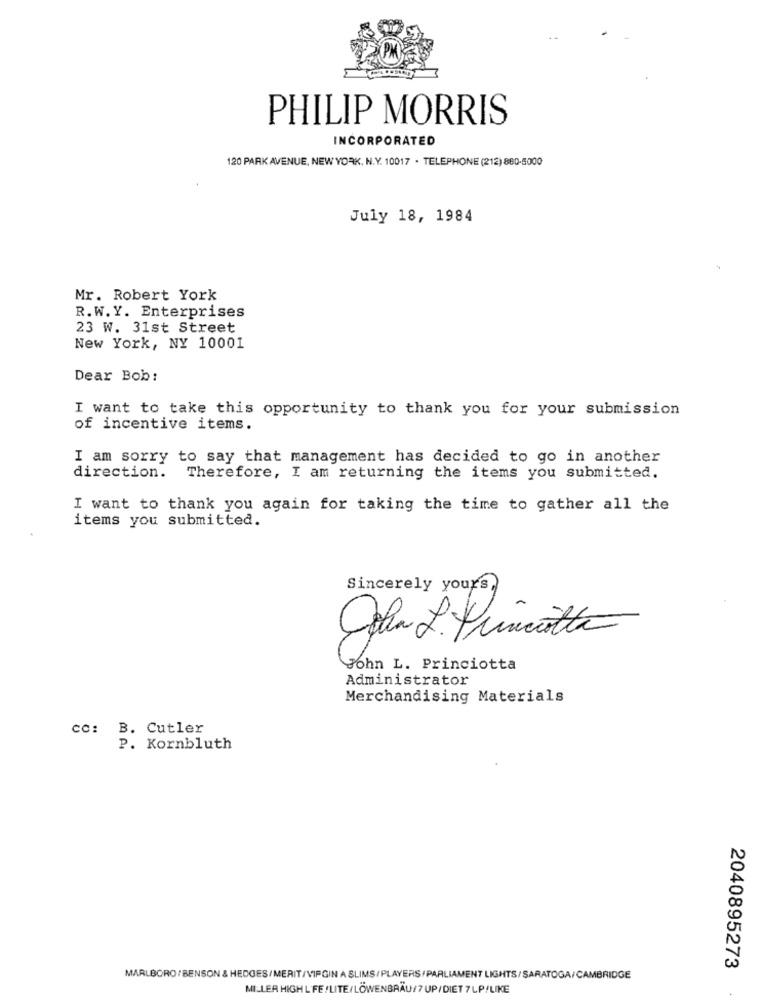
PHILIP MORRIS
INCORPORATED
120 PARK AVENUE, NEW YORK, N.Y. 10017 . TELEPHONE (212) 880-5000
July 18, 1984
Mr. Robert York
R.W.Y. Enterprises
23 W. 31st Street
New York, NY 10001
Dear Bob:
I want to take this opportunity to thank you for your submission
of incentive items.
I am sorry to say that management has decided to go in another
direction.
Therefore, I am returning the items you submitted.
I want to thank you again for taking the time to gather all the
items you submitted.
Sincerely yours,
John L. Princiotta
Administrator
Merchandising Materials
cc: B. Cutler
P. Kornbluth
2040895273
MARLBORO/BENSON & HEDGES/MERIT/VIFGIN A SLIMS/PLAYERS/PARLIAMENT LIGHTS/SARATOGA/CAMBRIDGE
MILLER HIGH L FE/LITE/LÖWENBRÄU/7 UP/DIET 7LP/LIKE